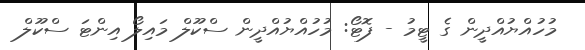
މުހުއްޔުއްދީން ގެ ޓީމު - ފޮޓޯ: މުހުއްޔުއްދީން ސްކޫލް މައިލޯ އިންޓަ ސްކޫލް